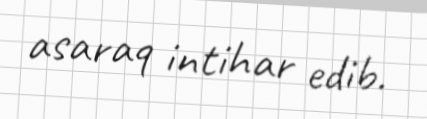
asaraq intihar edib.